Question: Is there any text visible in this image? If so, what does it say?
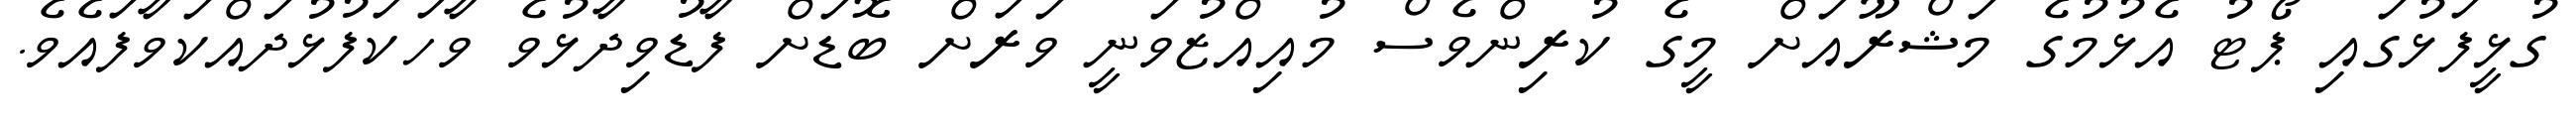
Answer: ގުޅީފަޅުގައި ޕޯޓު އެޅުމުގެ މަޝްރޫއަށް މީގެ ކުރިންވެސް މުއިއްޒުވަނީ ވަރަށް ބޮޑަށް ފާޑުވިދާޅުވެ ވާހަކަފުޅުދައްކަވާފައެވެ.